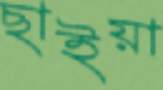
ছাইয়া